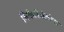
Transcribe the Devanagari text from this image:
मिकेलेंजेलोचा